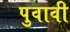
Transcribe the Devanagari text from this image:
पुवावी